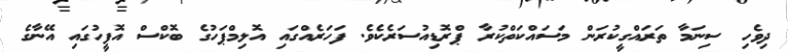
ދިވެހި ސިނަމާ ތަރައްގީކުރަން މަސައްކަތްކުރާ ޕްރޮޑިއުސަރެކެވެ. ފަހަރެއްގައި އޮލިމްޕަހުގެ ބޮކްސް އޮފީހުގައި އޭނާގެ